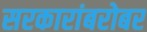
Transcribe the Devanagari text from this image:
सरकारांबरोबर